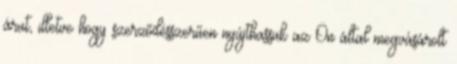
árut, illetve hogy szerződésszerűen nyújthassuk az Ön által megvásárolt